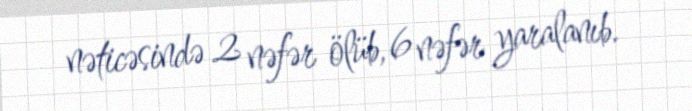
nəticəsində 2 nəfər ölüb, 6 nəfər yaralanıb.